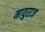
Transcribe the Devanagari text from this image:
मायुराज